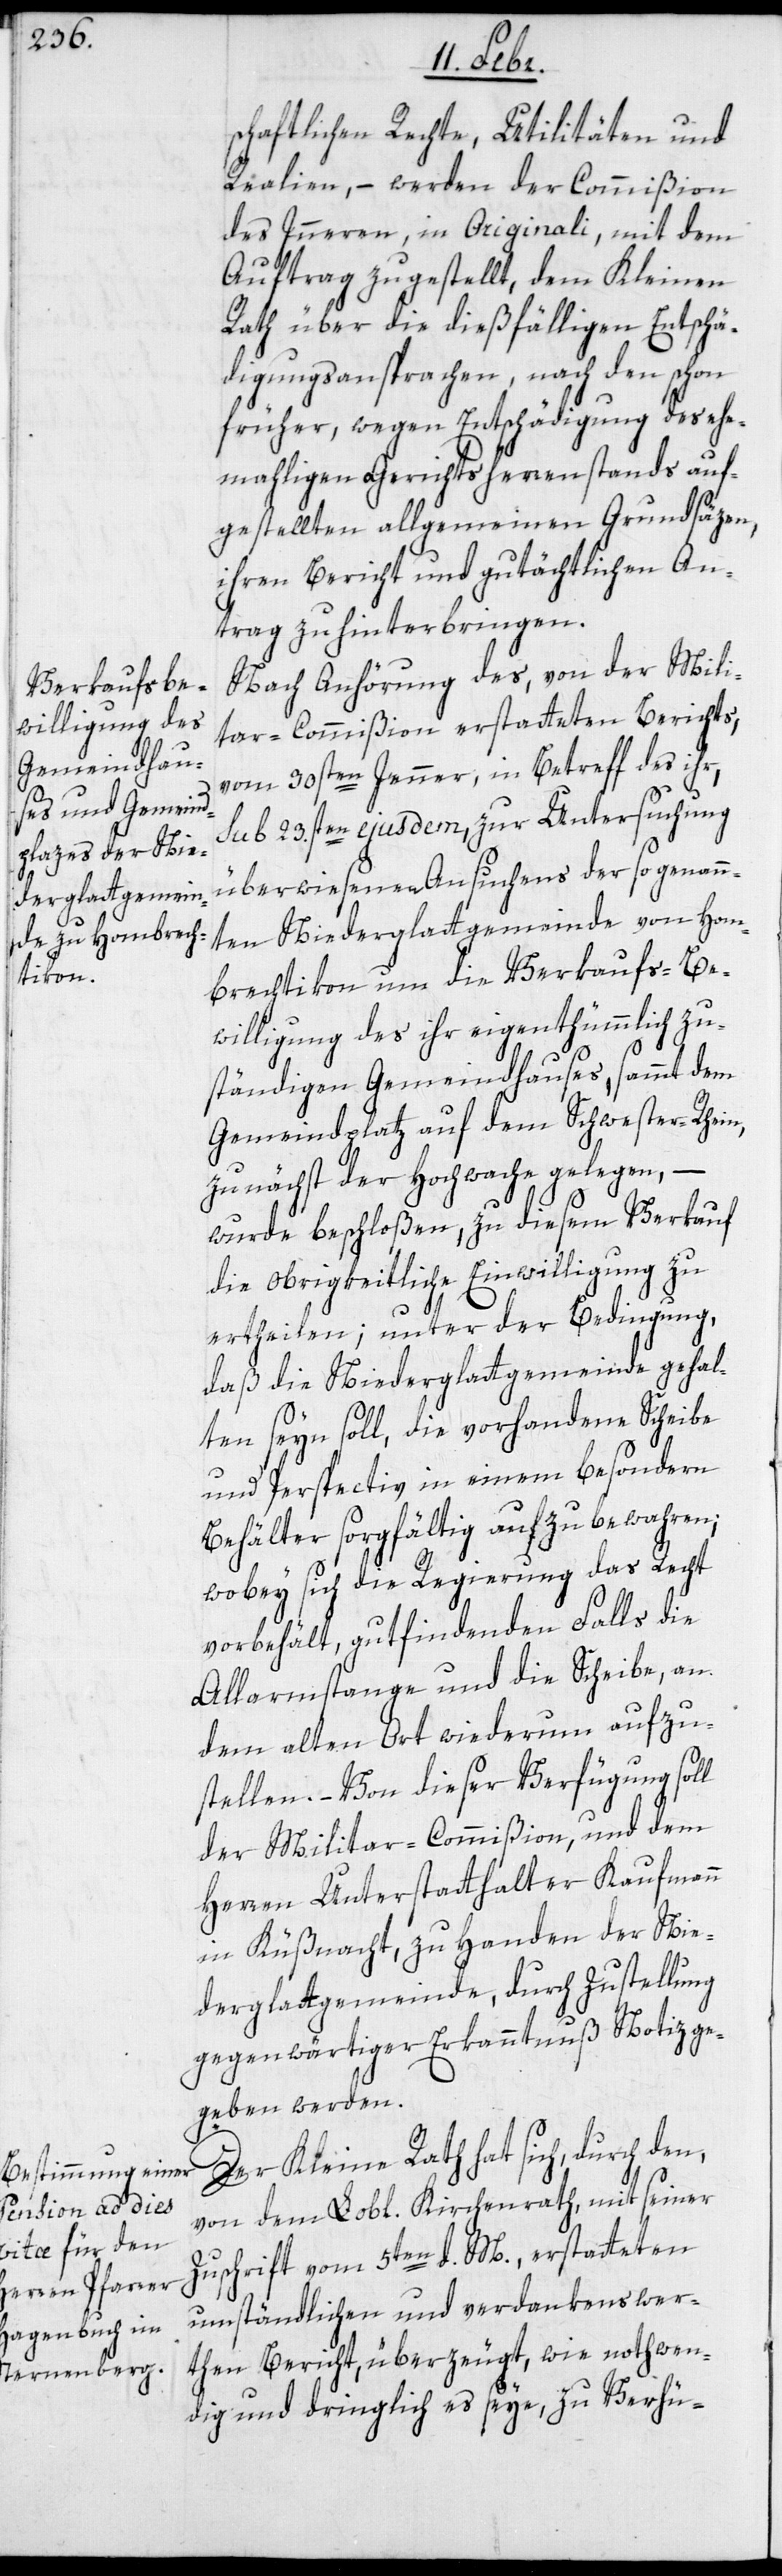
schaftlichen Rechte, Utilitäten und
Realien, – werden der Commißion
des Inneren, in Originali, mit dem
Auftrag zugestellt, dem Kleinen
Rath über die dießfälligen Entschä¬
digungsansprachen, nach den schon
früher, wegen Entschädigung des ehe¬
maligen Gerichtsherrenstandes auf¬
gestellten allgemeinen Grundsäzen,
ihren Bericht und gutächtlichen An¬
trag zu hinterbringen.
Nach Anhörung des, von der Mili¬
tar-Commißion erstatteten Berichts,
vom 30sten Jenner, in Betreff des ihr,
sub 23.sten ejusdem, zur Untersuchung
überwiesenen Ansuchens der so genann¬
ten Niederglattgemeinde von Hom¬
brechtikon, um die Verkaufs-Be¬
willigung des ihr eigentümmlich zu¬
ständigen Gemeindhauses, sammt dem
Gemeindplatz auf dem Schwester-Rhein,
zunächst der Hochwache gelegen, –
wurde beschloßen, zu diesem Verkauf
die obrigkeitliche Einwilligung zu
ertheilen; unter der Bedingung,
daß die Niederglattgemeinde gehal¬
ten seyn soll, die vorhandene Scheibe
und Perspectiv in einem besondern
Behälter sorgfältig aufzubewahren;
wobey sich die Regierung das Recht
vorbehält, gutfindenden Falls die
Allarmstange und die Scheibe, an
dem alten Ort wiederum aufzu¬
stellen. – Von dieser Verfügung soll
der Militar-Commißion, und dem
Herren Unterstatthalter Kaufmann
in Küßnacht, zu Handen der Nie¬
derglattgemeinde, durch Zustellung
gegenwärtiger Erkanntnuß Notiz ge¬
geben werden.
Der Kleine Rath hat sich, durch den,
von dem Lobl. Kirchenrath, mit seiner
Zuschrift vom 5ten d. M. erstatteten
umständlichen und verdankenswer¬
then Bericht, überzeugt, wie nothwen¬
dig und dringlich es seye, zu Verhü-